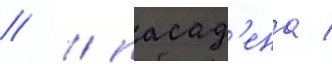
// / пасад'ена /